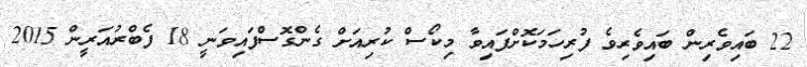
22 ބައިވެރިން ބައިވެރިވެ ފުރިހަމަކޮށްފައިވާ މިކޯސް ކުރިއަށް ގެންގޮސްފައިވަނީ 18 ފެބްރުއަރީން 2015